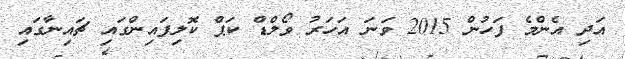
އަދި އެންމެ ފަހުން 2015 ވަނަ އަހަރު ވޯލްޑް ކަޕް ކޮލިފައިންގައި ޗައިނާގައި